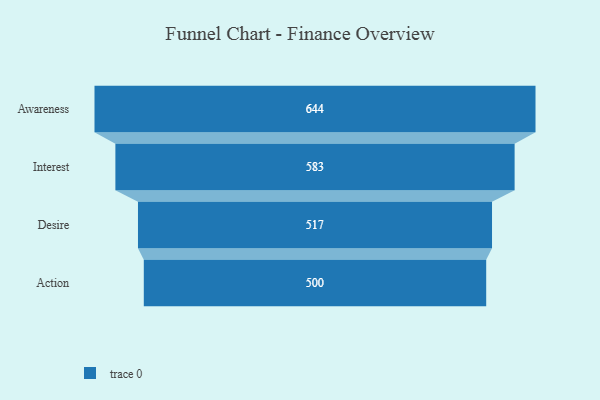
{"axis": {"x": "Stage", "y": "Value"}, "legend": [""], "data": [{"x": "Awareness", "y": 644.0, "type": ""}, {"x": "Interest", "y": 583.0, "type": ""}, {"x": "Desire", "y": 517.0, "type": ""}, {"x": "Action", "y": 500, "type": ""}]}